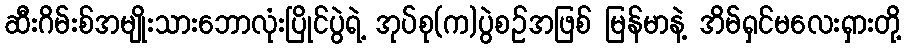
ဆီးဂိမ်းစ်အမျိုးသားဘောလုံးပြိုင်ပွဲရဲ့ အုပ်စု(က)ပွဲစဉ်အဖြစ် မြန်မာနဲ့ အိမ်ရှင်မလေးရှားတို့